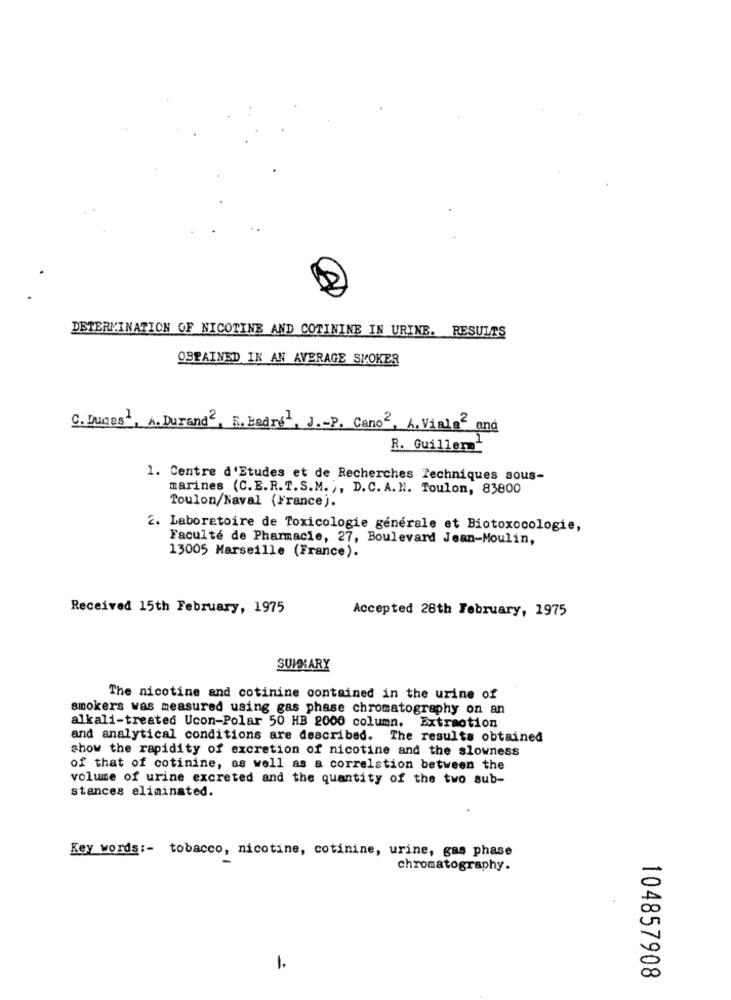
DETERMINATION OF NICOTINE AND COTININE IN URINE. RESULTS
OBRAINED IN AN AVERAGE SMOKER
C. Dumas', A. Durand2, E. Bedre, J .- P. Cano2, L. Vials and
R. Guillen
1. Centre d'Etudes et de Recherches Techniques sous-
marines (C.E.R.T.S.M. ;, D. C. A. N. Toulon, 83800
Toulon/Naval (France).
2. Laboratoire de Toxicologie générale et Biotoxocologie,
Faculté de Pharmacie, 27, Boulevard Jean-Moulin,
13005 Marseille (France).
Received 15th February, 1975
Accepted 28th February, 1975
SUMMARY
The nicotine and cotinine contained in the urine of
smokers was measured using gas phase chromatography on an
alkali-treated Ucon-Polar 50 HB 2000 column. Extraction
and analytical conditions are described. The results obtained
show the rapidity of excretion of nicotine and the slowness
of that of cotinine, as well as a correlation between the
volume of urine excreted and the quantity of the two sub-
stances eliminated.
Key words :- tobacco, nicotine, cotinine, urine, gas phase
chromatography.
1.
104857908